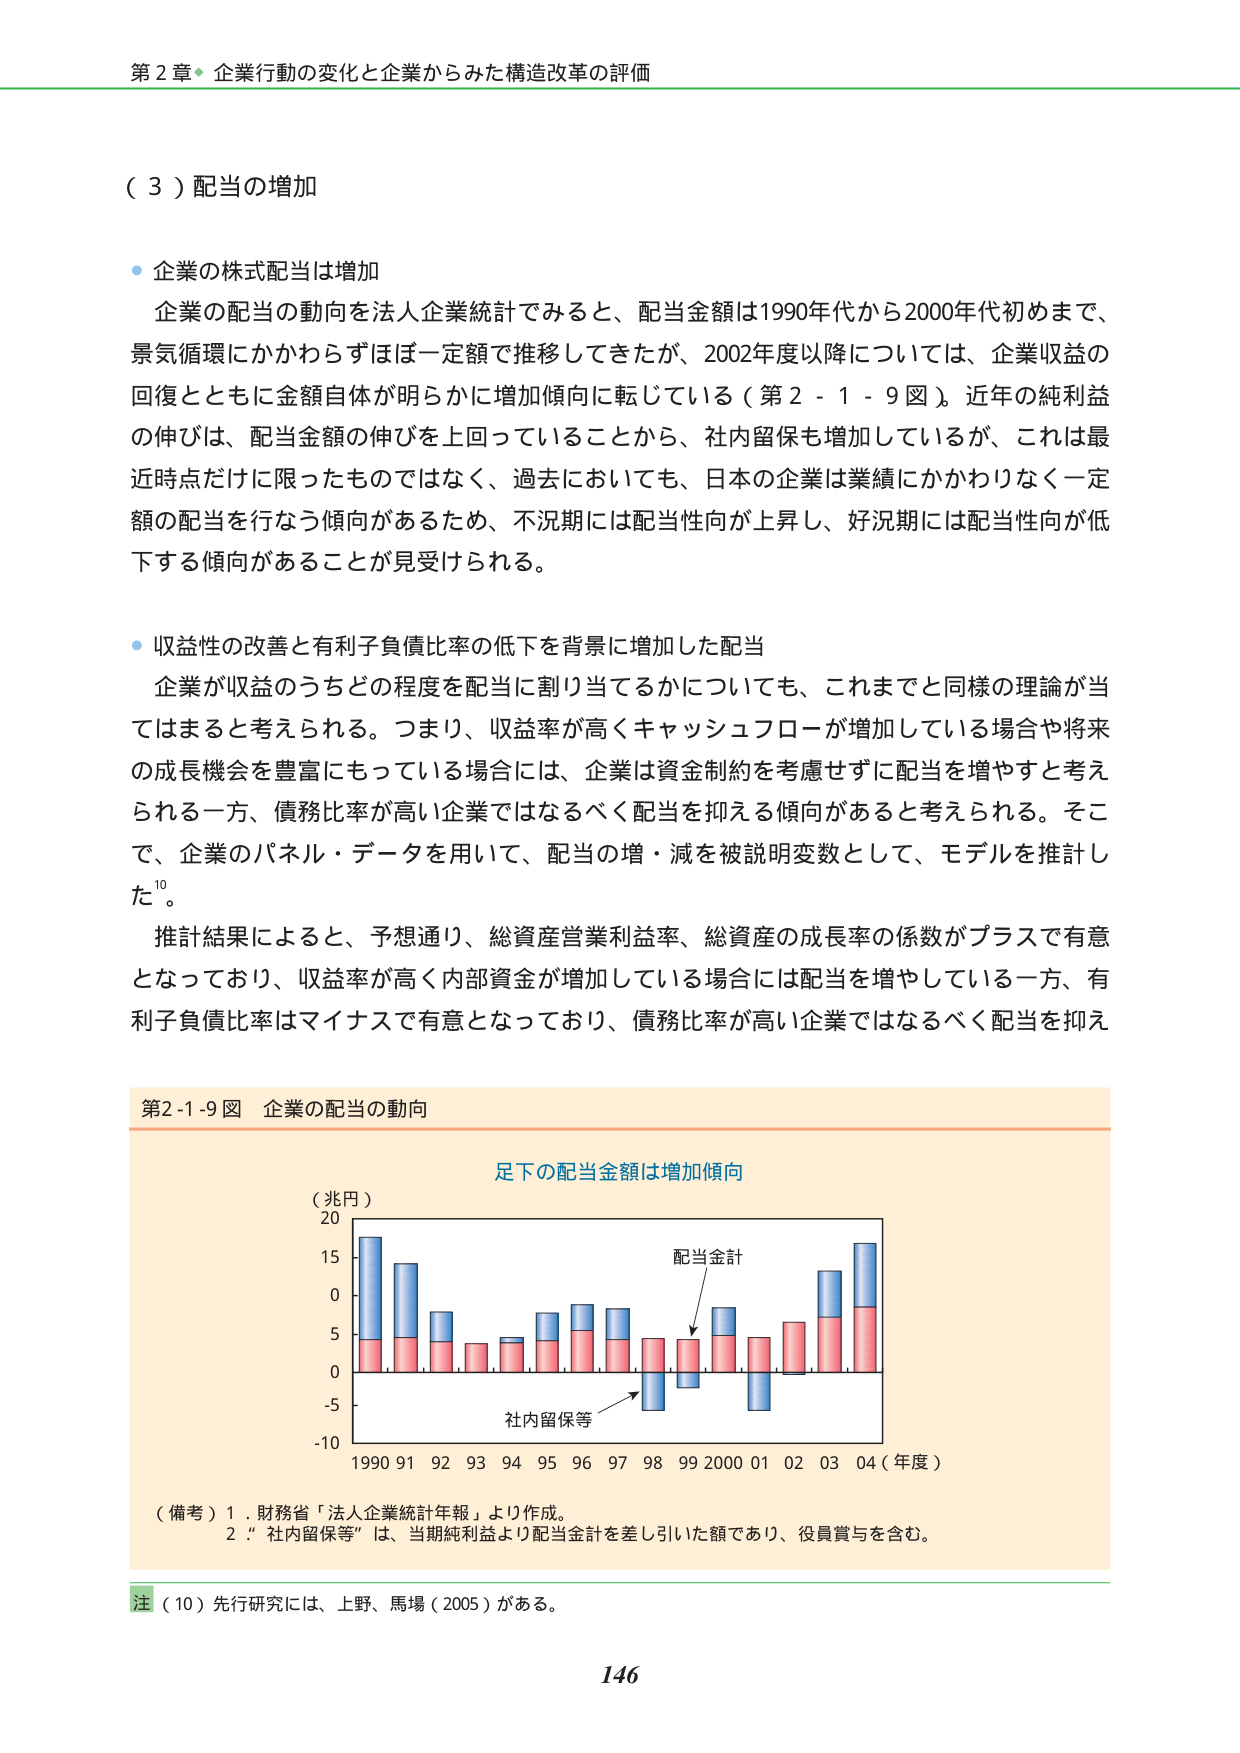
第２章 企業行動の変化と企業からみた構造改革の評価

（３）配当の増加

・企業の株式配当は増加
企業の配当の動向を法人企業統計でみると、配当金額は1990年代から2000年代初めまで、景気循環にかかわらずほぼ一定額で推移してきたが、2002年度以降については、企業収益の回復とともに金額自体が明らかに増加傾向に転じている（第２－１－９図）。近年の純利益の伸びは、配当金額の伸びを上回っていることから、社内留保も増加しているが、これは最近時点だけに限ったものではなく、過去においても、日本の企業は業績にかかわりなく一定額の配当を行なう傾向があるため、不況期には配当性向が上昇し、好況期には配当性向が低下する傾向があることが見受けられる。

・収益性の改善と有利子負債比率の低下を背景に増加した配当
企業が収益のうちどの程度を配当に割り当てるかについても、これまでと同様の理論が当てはまると考えられる。つまり、収益率が高くキャッシュフローが増加している場合や将来の成長機会を豊富にもっている場合には、企業は資金制約を考慮せずに配当を増やすと考えられる一方、債務比率が高い企業ではなるべく配当を抑える傾向があると考えられる。そこで、企業のパネル・データを用いて、配当の増・減を被説明変数として、モデルを推計した。¹⁰
推計結果によると、予想通り、総資産営業利益率、総資産の成長率の係数がプラスで有意となっており、収益率が高く内部資金が増加している場合には配当を増やしている一方、有利子負債比率はマイナスで有意となっており、債務比率が高い企業ではなるべく配当を抑え

第2-1-9図 企業の配当の動向

足下の配当金額は増加傾向

（兆円）
20
15
0
5
0
-5
-10
1990 91 92 93 94 95 96 97 98 99 2000 01 02 03 04（年度）

配当金計
社内留保等

（備考）1．財務省「法人企業統計年報」より作成。
2．“社内留保等”は、当期純利益より配当金計を差し引いた額であり、役員賞与を含む。

注（10）先行研究には、上野、馬場（2005）がある。

146